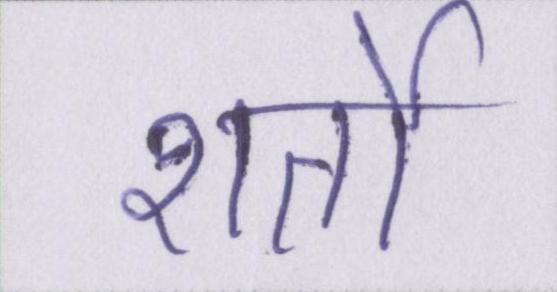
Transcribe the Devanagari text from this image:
शर्तो